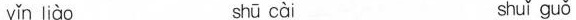
yǐn liào shū cài shuǐ guǒ